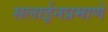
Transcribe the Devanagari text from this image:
सलाईनप्रमाणे